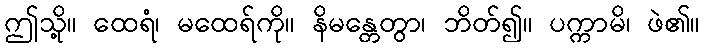
ဤသို့။ ထေရံ၊ မထေရ်ကို။ နိမန္တေတွာ၊ ဘိတ်၍။ ပက္ကာမိ၊ ဖဲ၏။